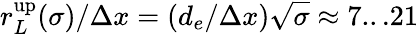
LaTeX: r_{L}^{\mathrm{up}}(\sigma)/\Delta x=(d_{e}/\Delta x)\sqrt{\sigma}\approx 7...21